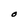
Character: O